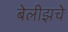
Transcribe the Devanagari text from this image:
बेलीझचे